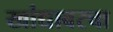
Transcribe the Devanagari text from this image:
खांद्यावरचा